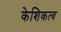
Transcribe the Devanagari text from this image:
केशिकत्व